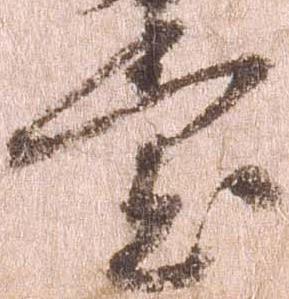
堂